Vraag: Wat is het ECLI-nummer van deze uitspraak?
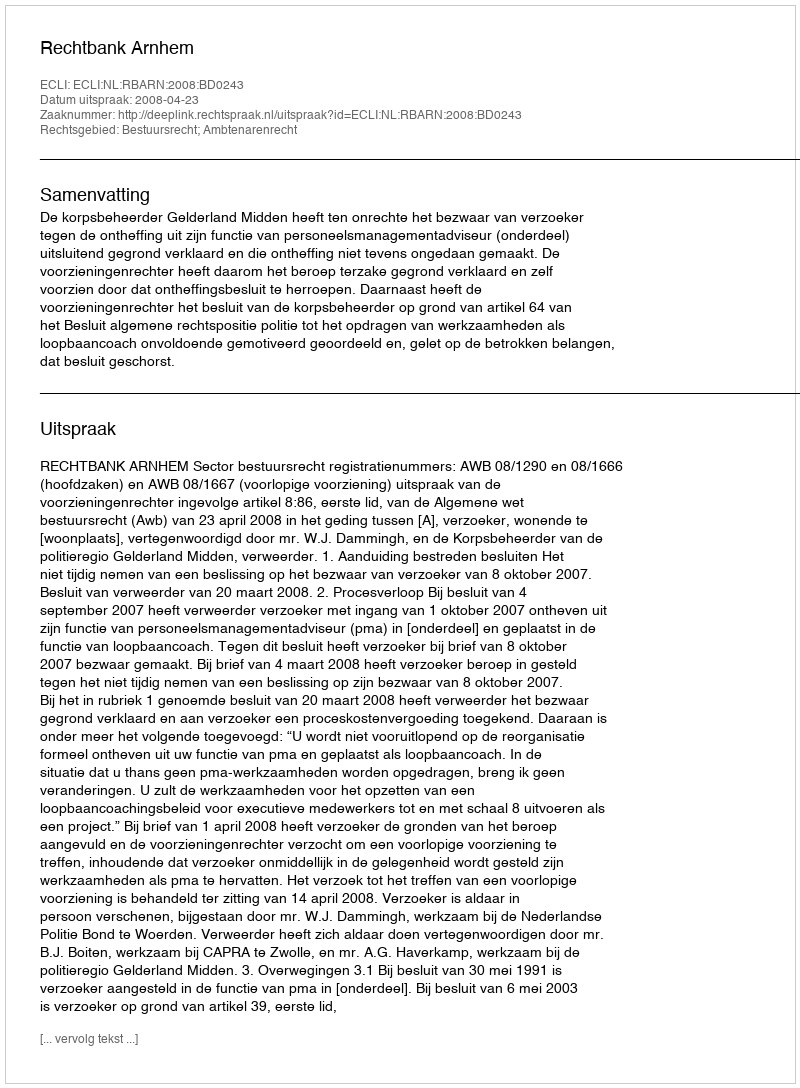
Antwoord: ECLI:NL:RBARN:2008:BD0243